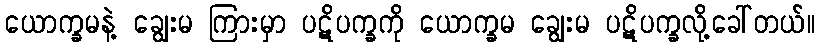
ယောက္ခမနဲ့ ချွေးမ ကြားမှာ ပဋိပက္ခကို ယောက္ခမ ချွေးမ ပဋိပက္ခလို့ခေါ်တယ်။